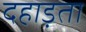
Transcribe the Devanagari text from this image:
दहाड़ता